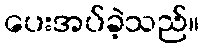
ပေးအပ်ခဲ့သည်။